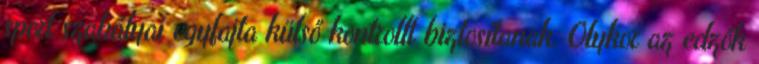
sport szabályai egyfajta külső kontrollt biztosítanak. Olykor az edzők